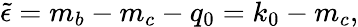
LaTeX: \tilde{\epsilon}=m_{b}-m_{c}-q_{0}=k_{0}-m_{c},